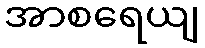
အာစရေယျ